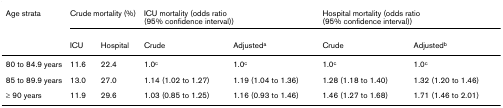
| Age strata | <COLSPAN=2> Crude mortality (%) | <COLSPAN=2> ICU mortality (odds ratio (95% confidence interval)) | <COLSPAN=2> Hospital mortality (odds ratio (95% confidence interval)) |
 |  | ICU | Hospital | Crude | Adjusteda | Crude | Adjustedb |
 | --- | --- | --- | --- | --- | --- | --- |
 | 80 to 84.9 years | 11.6 | 22.4 | 1.0c | 1.0c | 1.0c | 1.0c |
 | 85 to 89.9 years | 13.0 | 27.0 | 1.14 (1.02 to 1.27) | 1.19 (1.04 to 1.36) | 1.28 (1.18 to 1.40) | 1.32 (1.20 to 1.46) |
 | ≥ 90 years | 11.9 | 29.6 | 1.03 (0.85 to 1.25) | 1.16 (0.93 to 1.46) | 1.46 (1.27 to 1.68) | 1.71 (1.46 to 2.01) |